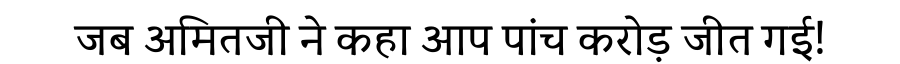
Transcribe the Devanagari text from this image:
जब अमितजी ने कहा आप पांच करोड़ जीत गई!